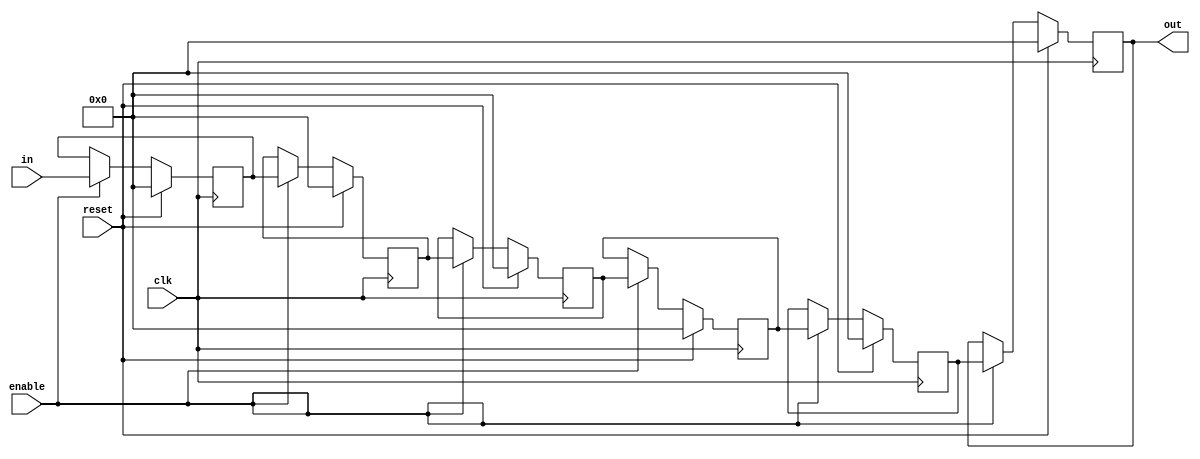
`define SIMULATION_MEMORY

module shift_register_unit_18_6 (
	input clk,
	input reset,
	input enable,
	input [17:0] in,
	output [17:0] out
);

reg [17:0] shift_registers_0;
reg [17:0] shift_registers_1;
reg [17:0] shift_registers_2;
reg [17:0] shift_registers_3;
reg [17:0] shift_registers_4;
reg [17:0] shift_registers_5;
always @ (posedge clk) begin
	if (reset) begin
		shift_registers_0 <= 18'd0;
		shift_registers_1 <= 18'd0;
		shift_registers_2 <= 18'd0;
		shift_registers_3 <= 18'd0;
		shift_registers_4 <= 18'd0;
		shift_registers_5 <= 18'd0;
	end else if (enable) begin
		shift_registers_0 <= in;
		shift_registers_1 <= shift_registers_0;
		shift_registers_2 <= shift_registers_1;
		shift_registers_3 <= shift_registers_2;
		shift_registers_4 <= shift_registers_3;
		shift_registers_5 <= shift_registers_4;
	end
end

assign out = shift_registers_5;

endmodule